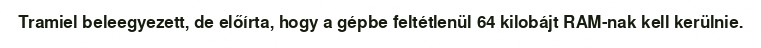
Tramiel beleegyezett, de előírta, hogy a gépbe feltétlenül 64 kilobájt RAM-nak kell kerülnie.